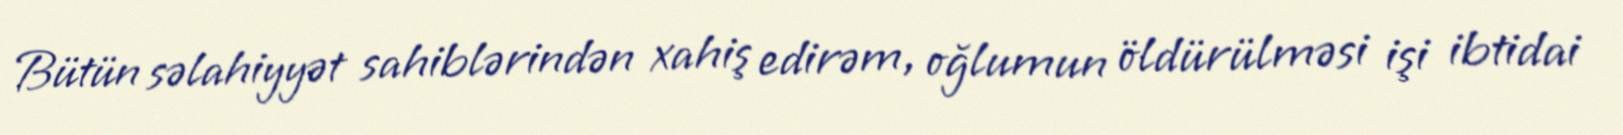
Bütün səlahiyyət sahiblərindən xahiş edirəm, oğlumun öldürülməsi işi ibtidai